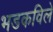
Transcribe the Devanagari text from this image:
भडकविले